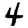
Digit: 4